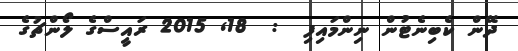
ދޭން ކެބިނެޓުން ނިންމައިފި  :  18